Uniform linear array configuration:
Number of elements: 4
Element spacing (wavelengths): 0.25
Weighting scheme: cosine
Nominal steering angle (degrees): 45
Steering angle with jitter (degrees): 46.113
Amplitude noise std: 0.05
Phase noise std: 0.05

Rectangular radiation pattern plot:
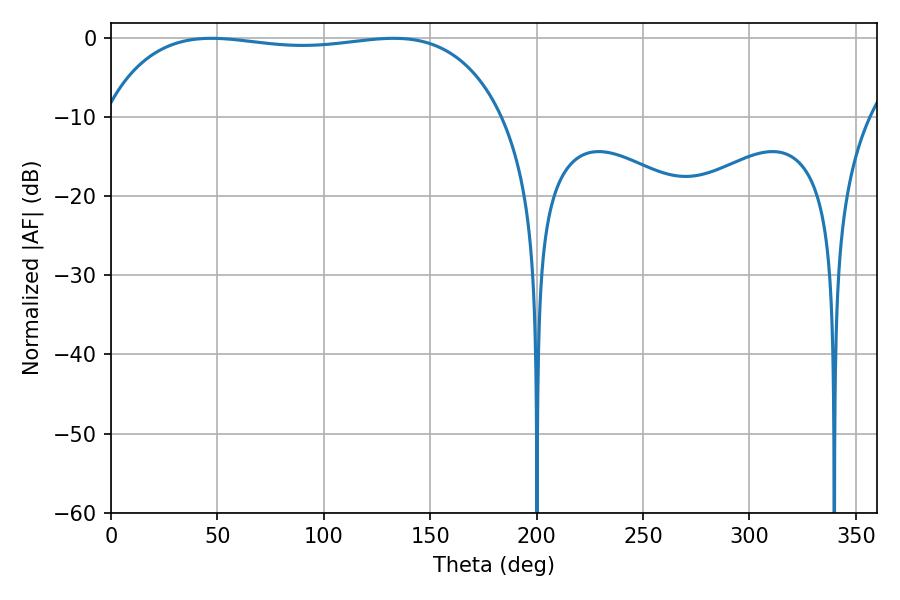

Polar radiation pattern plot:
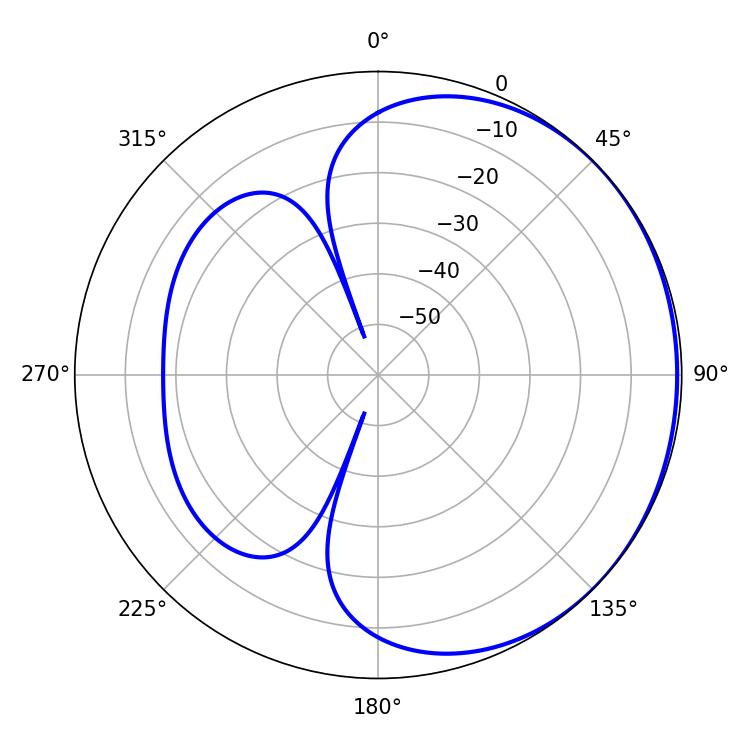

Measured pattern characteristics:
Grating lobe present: FALSE
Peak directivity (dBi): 0.732
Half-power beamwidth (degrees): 150.12
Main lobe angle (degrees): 47.16